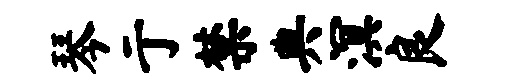
琴亍禁典溟良